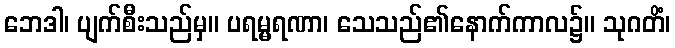
ဘေဒါ၊ ပျက်စီးသည်မှ။ ပရမ္မရဏာ၊ သေသည်၏နောက်ကာလ၌။ သုဂတိံ၊